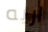
اريه